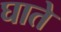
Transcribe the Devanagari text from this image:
घाते